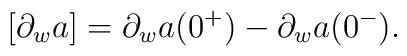
[\partial_wa]=\partial_wa(0^+)-\partial_wa(0^-) .